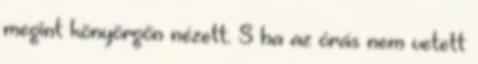
megint könyörgőn nézett. S ha az órás nem vetett